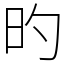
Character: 旳